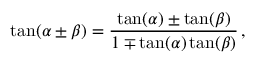
\tan ( \alpha \pm \beta ) = { \frac { \tan ( \alpha ) \pm \tan ( \beta ) } { 1 \mp \tan ( \alpha ) \tan ( \beta ) } } \, ,